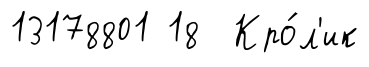
13178801 18 Кро́л'ик